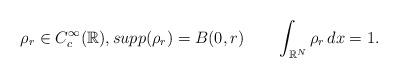
LaTeX: \begin{align*}\rho_r\in C_c^{\infty}(\mathbb{R}),supp(\rho_r)=B(0,r)\qquad\int_{\mathbb{R}^N}\rho_r\,dx=1.\end{align*}